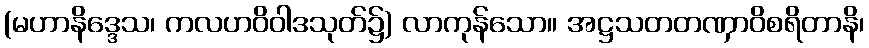
(မဟာနိဒ္ဒေသ၊ ကလဟဝိဝါဒသုတ်၌) လာကုန်သော။ အဋ္ဌသတတဏှာဝိစရိတာနိ၊